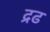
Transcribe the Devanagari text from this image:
द्रढ